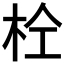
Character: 𭩫